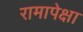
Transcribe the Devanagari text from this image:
रामापेक्षा